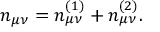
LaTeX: n _ { \mu \nu } = n _ { \mu \nu } ^ { ( 1 ) } + n _ { \mu \nu } ^ { ( 2 ) } .